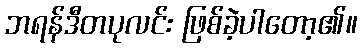
ဘရန်ဒီတပုလင်း ဖြစ်ခဲ့ပါတော့၏။